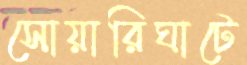
সোয়ারিঘাটে